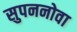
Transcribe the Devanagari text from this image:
सुपननोवा